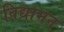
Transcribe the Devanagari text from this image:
विद्यामन